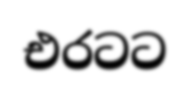
එරටට